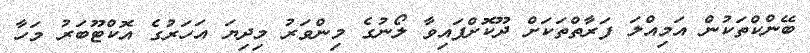
ބޭންކްތަކުން އަމިއްލަ ފަރާތްތަކަށް ދޫކޮށްފައިވާ ލޯނުގެ މިންވަރު މިދިޔަ އަހަރުގެ އޮކްޓޫބަރު މަހާ